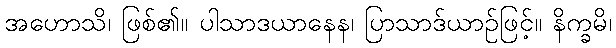
အဟောသိ၊ ဖြစ်၏။ ပါသာဒယာနေန၊ ပြာသာဒ်ယာဉ်ဖြင့်။ နိက္ခမိ၊